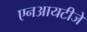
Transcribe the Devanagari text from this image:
एनआयटीजे